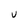
Character: U